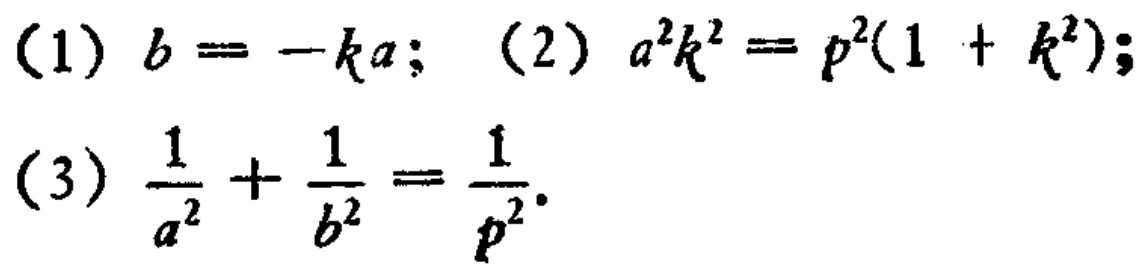
(1) \(b = -ka\); (2) \(a^{2}k^{2}=p^{2}(1 + k^{2})\); (3) \(\frac{1}{a^{2}}+\frac{1}{b^{2}}=\frac{1}{p^{2}}\).